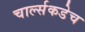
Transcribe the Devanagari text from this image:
चार्ल्सकडेच